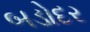
બડોદર